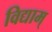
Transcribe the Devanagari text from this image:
विद्याम्